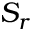
S _ { r }